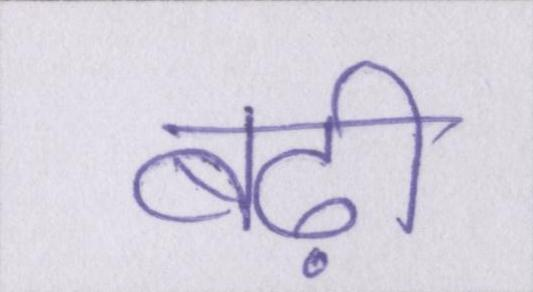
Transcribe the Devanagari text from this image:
बढ़ी